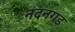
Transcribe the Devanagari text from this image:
नंदनगड